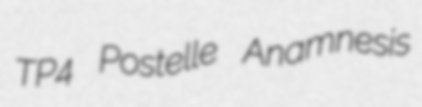
TP4 Postelle Anamnesis